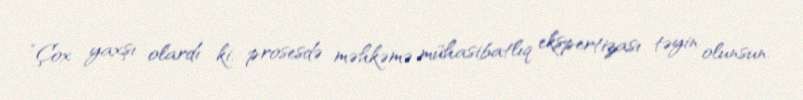
“Çox yaxşı olardı ki, prosesdə məhkəmə mühasibatlıq ekspertizası təyin olunsun.